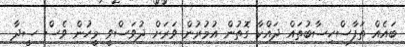
ބައެއް ތަފާސްހިސާބުތައް ދައްކާ ގޮތުން އުމުރުން ވަރަށް ދުވަސްވީ މީހުން ވެސް ސީދާ